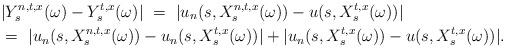
LaTeX: \begin{align*}&|Y_s^{n,t,x}(\omega)-Y_s^{t,x}(\omega)| \ = \ |u_n(s,X_s^{n,t,x}(\omega))-u(s,X_s^{t,x}(\omega))| \\&= \ |u_n(s,X_s^{n,t,x}(\omega))-u_n(s,X_s^{t,x}(\omega))| + |u_n(s,X_s^{t,x}(\omega))-u(s,X_s^{t,x}(\omega))|.\end{align*}